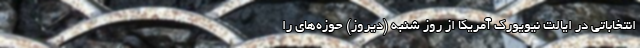
انتخاباتی در ایالت نیویورک آمریکا از روز شنبه (دیروز) حوزه‌های را